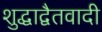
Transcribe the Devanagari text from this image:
शुद्धाद्वैतवादी